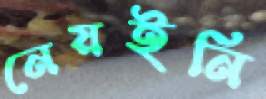
নেয়ইনি